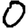
Digit: 0